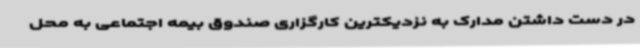
در دست داشتن مدارک به نزدیکترین کارگزاری صندوق بیمه اجتماعی به محل